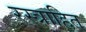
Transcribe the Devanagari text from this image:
रस्त्राहित